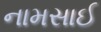
નામસાઈ